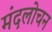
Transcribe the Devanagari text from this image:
मंदलोचन